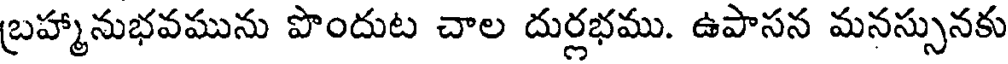
బ్రహ్మానుభవమును పొందుట చాల దుర్లభము. ఉపాసన మనస్సునకు